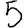
Digit: 5